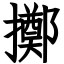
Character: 擲